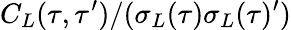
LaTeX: C_{L}(\tau,\tau^{\prime})/(\sigma_{L}(\tau)\sigma_{L}(\tau)^{\prime})